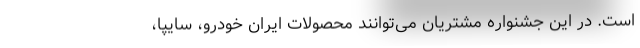
است. در این جشنواره مشتریان می‌توانند محصولات ایران خودرو، سایپا،